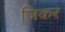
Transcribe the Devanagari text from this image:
ज़िकर